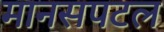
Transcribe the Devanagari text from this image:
मानसपटल